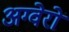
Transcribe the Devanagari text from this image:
अग्वेरो